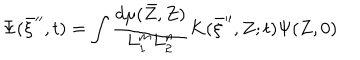
\Psi ( \bar { \xi } ^ { \prime \prime } , t ) = \int \frac { d \mu ( \bar { Z } , Z ) } { L _ { 1 } ^ { m } L _ { 2 } ^ { n } } K ( \bar { \xi } ^ { \prime \prime } , Z ; t ) \Psi ( Z , 0 )